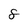
Character: 8